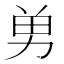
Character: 𭄫